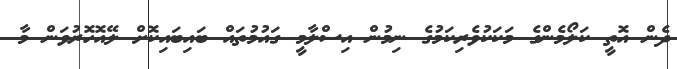
ދެން އޮތީ ކަލޯމެންގެ މަކަކުވެރިކަމުގެ ނިމުން އިސްލާމީ ގައުމުތައް ބައިބައިކޮށް ލޭއޮހޮރުވަން މާ